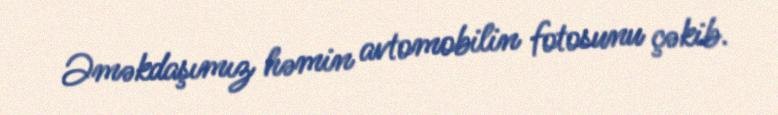
Əməkdaşımız həmin avtomobilin fotosunu çəkib.